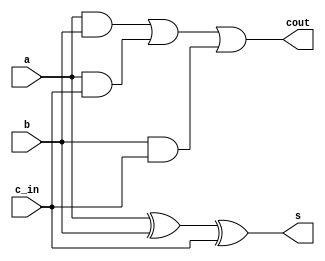
`timescale 1ns / 1ps
//////////////////////////////////////////////////////////////////////////////////
// Company: 
// Engineer: 
// 
// Design Name: 
// Module Name:    fa 
// Project Name: 
// Target Devices: 
// Tool versions: 
// Description: 
//
// Dependencies: 
//
// Revision: 
// Revision 0.01 - File Created
// Additional Comments: 
//
//////////////////////////////////////////////////////////////////////////////////
module fa(output s, output cout, input a, input b, input c_in);
wire w1,w2,w3;
xor G1(s,a,b,c_in);
and G3(w1,a,b);
and G4(w2,a,c_in);
and G5(w3,b,c_in);
or G6(cout,w1,w2,w3);
endmodule